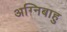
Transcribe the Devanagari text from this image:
अग्निबाहु